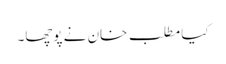
کیا مطلب خان نے پوچھا۔